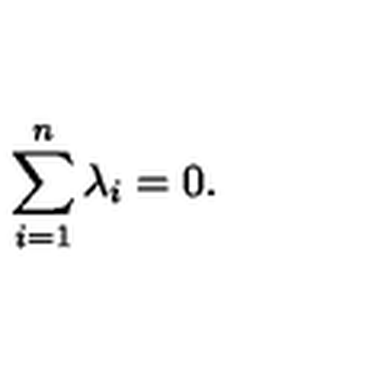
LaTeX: \sum _ { i = 1 } ^ { n } \lambda _ { i } = 0 .